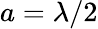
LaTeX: a=\lambda/2